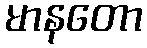
မာနတော